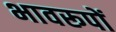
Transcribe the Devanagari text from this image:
भावरूपों